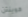
كوينتن